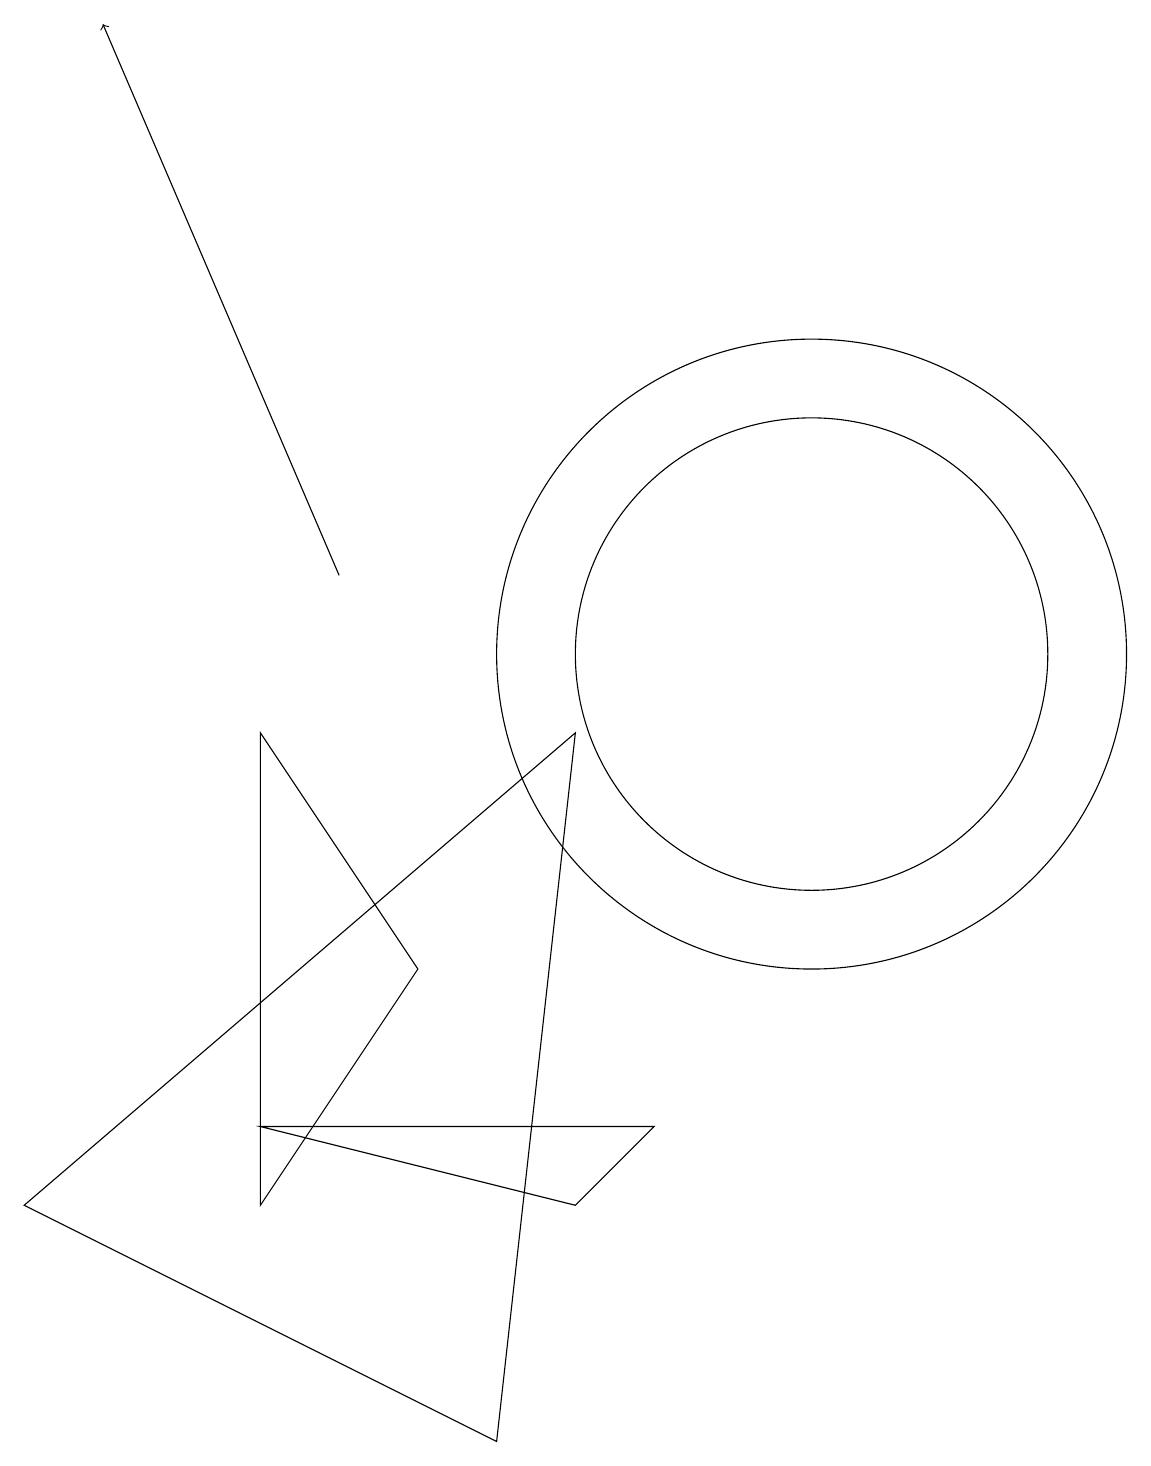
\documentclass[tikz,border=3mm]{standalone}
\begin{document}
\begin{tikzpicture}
\draw (8,3) -- (4,4) -- (9,4) -- cycle;
\draw (11,10) circle (3);
\draw[->] (5,11) -- (2,18);
\draw (4,9) -- (6,6) -- (4,3) -- cycle;
\draw (11,10) circle (4);
\draw (7,0) -- (1,3) -- (8,9) -- cycle;
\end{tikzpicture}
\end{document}